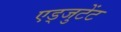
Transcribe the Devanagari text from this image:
एड्जुटेंट